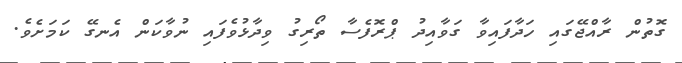
ގޮތުން ރާއްޖޭގައި ހަދާފައިވާ ގަވާއިދު ޕްރޮފެސާ ތޯރިގު ވިދާޅުވެފައި ނުވާކަން އެނގޭ ކަމަށެވެ.